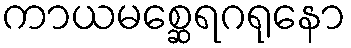
ကာယမစ္ဆေရဂရုနော